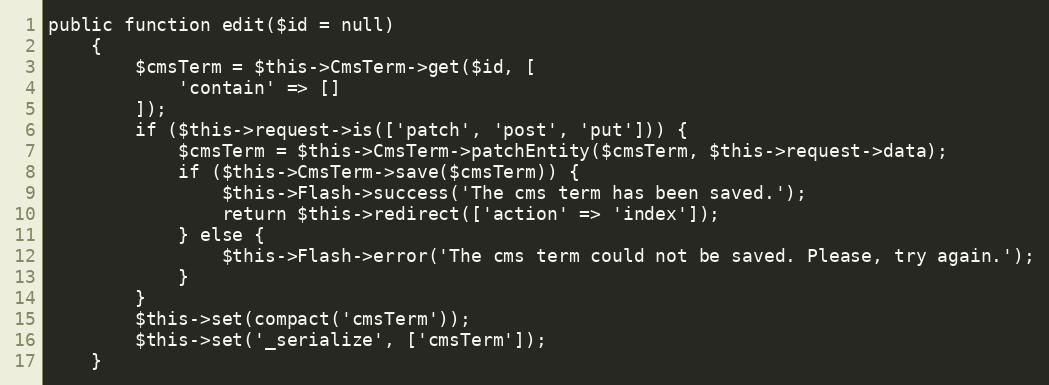
Language: PHP
public function edit($id = null)
    {
        $cmsTerm = $this->CmsTerm->get($id, [
            'contain' => []
        ]);
        if ($this->request->is(['patch', 'post', 'put'])) {
            $cmsTerm = $this->CmsTerm->patchEntity($cmsTerm, $this->request->data);
            if ($this->CmsTerm->save($cmsTerm)) {
                $this->Flash->success('The cms term has been saved.');
                return $this->redirect(['action' => 'index']);
            } else {
                $this->Flash->error('The cms term could not be saved. Please, try again.');
            }
        }
        $this->set(compact('cmsTerm'));
        $this->set('_serialize', ['cmsTerm']);
    }